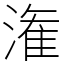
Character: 潅